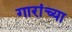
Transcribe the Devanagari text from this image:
गारांच्या